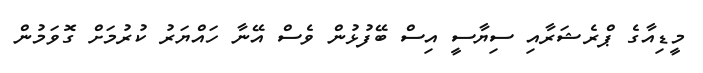
މީޑިއާގެ ޕްރެޝަރާއި ސިޔާސީ އިސް ބޭފުޅުން ވެސް އޭނާ ހައްޔަރު ކުރުމަށް ގޮވަމުން